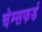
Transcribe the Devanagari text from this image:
चेम्सफर्ड